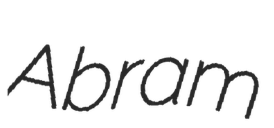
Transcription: Abram